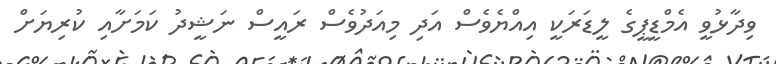
ވިދާޅުވީ އެމްޑީޕީގެ ލީޑަރަކީ އިއްޔެެވެސް އަދި މިއަދުވެސް ރައީސް ނަޝީދު ކަމަށާއި ކުރިޔަށް